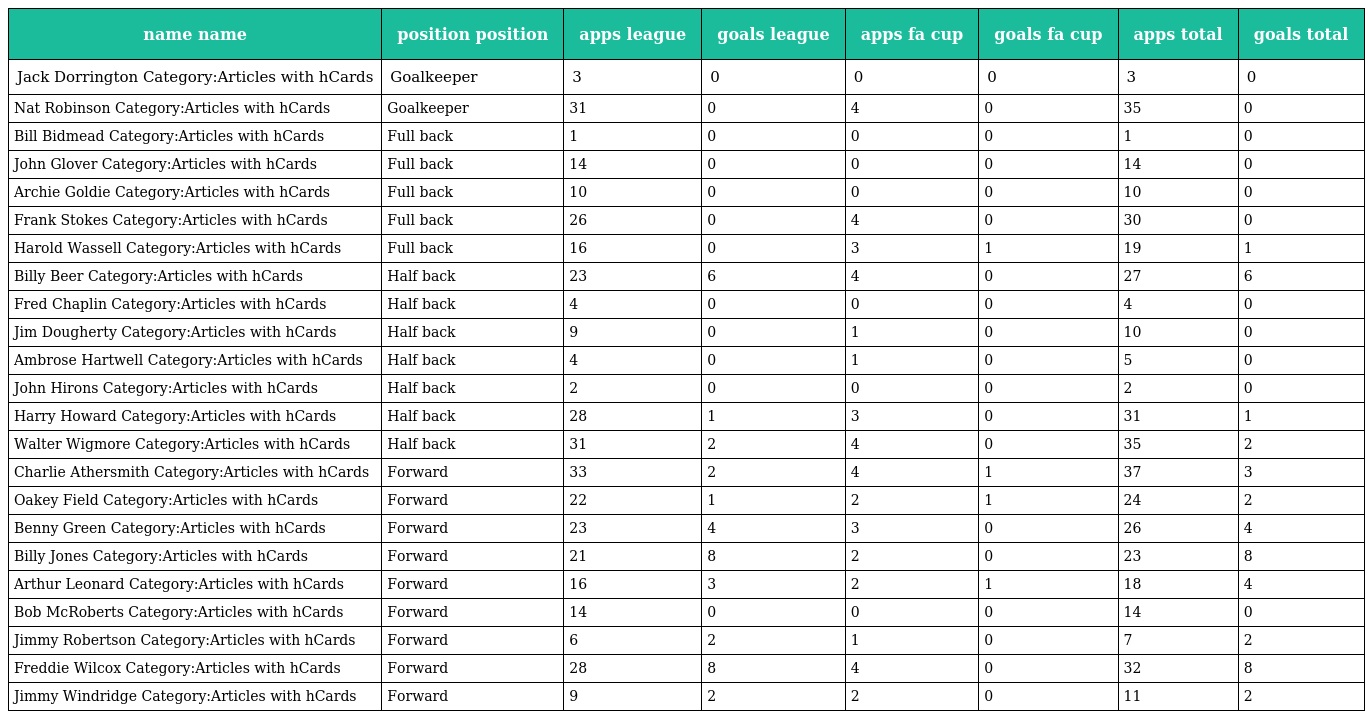
| name name | position position | apps league | goals league | apps fa cup | goals fa cup | apps total | goals total |
 | --- | --- | --- | --- | --- | --- | --- | --- |
 | Jack Dorrington Category:Articles with hCards | Goalkeeper | 3 | 0 | 0 | 0 | 3 | 0 |
 | Nat Robinson Category:Articles with hCards | Goalkeeper | 31 | 0 | 4 | 0 | 35 | 0 |
 | Bill Bidmead Category:Articles with hCards | Full back | 1 | 0 | 0 | 0 | 1 | 0 |
 | John Glover Category:Articles with hCards | Full back | 14 | 0 | 0 | 0 | 14 | 0 |
 | Archie Goldie Category:Articles with hCards | Full back | 10 | 0 | 0 | 0 | 10 | 0 |
 | Frank Stokes Category:Articles with hCards | Full back | 26 | 0 | 4 | 0 | 30 | 0 |
 | Harold Wassell Category:Articles with hCards | Full back | 16 | 0 | 3 | 1 | 19 | 1 |
 | Billy Beer Category:Articles with hCards | Half back | 23 | 6 | 4 | 0 | 27 | 6 |
 | Fred Chaplin Category:Articles with hCards | Half back | 4 | 0 | 0 | 0 | 4 | 0 |
 | Jim Dougherty Category:Articles with hCards | Half back | 9 | 0 | 1 | 0 | 10 | 0 |
 | Ambrose Hartwell Category:Articles with hCards | Half back | 4 | 0 | 1 | 0 | 5 | 0 |
 | John Hirons Category:Articles with hCards | Half back | 2 | 0 | 0 | 0 | 2 | 0 |
 | Harry Howard Category:Articles with hCards | Half back | 28 | 1 | 3 | 0 | 31 | 1 |
 | Walter Wigmore Category:Articles with hCards | Half back | 31 | 2 | 4 | 0 | 35 | 2 |
 | Charlie Athersmith Category:Articles with hCards | Forward | 33 | 2 | 4 | 1 | 37 | 3 |
 | Oakey Field Category:Articles with hCards | Forward | 22 | 1 | 2 | 1 | 24 | 2 |
 | Benny Green Category:Articles with hCards | Forward | 23 | 4 | 3 | 0 | 26 | 4 |
 | Billy Jones Category:Articles with hCards | Forward | 21 | 8 | 2 | 0 | 23 | 8 |
 | Arthur Leonard Category:Articles with hCards | Forward | 16 | 3 | 2 | 1 | 18 | 4 |
 | Bob McRoberts Category:Articles with hCards | Forward | 14 | 0 | 0 | 0 | 14 | 0 |
 | Jimmy Robertson Category:Articles with hCards | Forward | 6 | 2 | 1 | 0 | 7 | 2 |
 | Freddie Wilcox Category:Articles with hCards | Forward | 28 | 8 | 4 | 0 | 32 | 8 |
 | Jimmy Windridge Category:Articles with hCards | Forward | 9 | 2 | 2 | 0 | 11 | 2 |